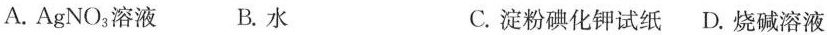
A.AgNO3溶液 B.水 C.淀粉碘化钾试纸 D.烧碱溶液